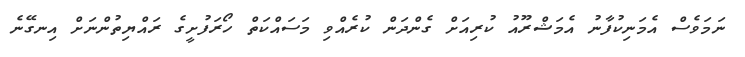
ނަމަވެސް އެމަނިކުފާނު އެމަޝްރޫއު ކުރިއަށް ގެންދަން ކުރެއްވި މަސައްކަތް ހޯރަފުށީގެ ރައްޔިތުންނަށް އިނގޭނެ